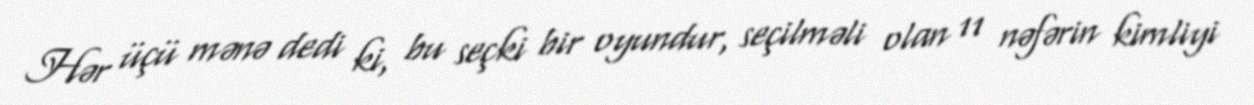
Hər üçü mənə dedi ki, bu seçki bir oyundur, seçilməli olan 11 nəfərin kimliyi